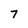
Character: 7